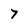
Character: 7